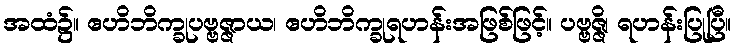
အထံ၌။ ဧဟိဘိက္ခုပဗ္ဗဇ္ဇာယ၊ ဧဟိဘိက္ခုရဟန်းအဖြစ်ဖြင့်။ ပဗ္ဗဇ္ဇိ၊ ရဟန်းပြုပြီ။